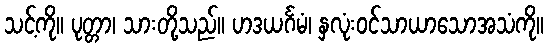
သင့်ကို။ ပုတ္တာ၊ သားတို့သည်။ ဟဒယင်္ဂမံ၊ နှလုံးဝင်သာယာသောအသံကို။